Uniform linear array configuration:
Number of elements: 16
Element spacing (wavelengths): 0.25
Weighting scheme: hann
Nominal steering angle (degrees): -60
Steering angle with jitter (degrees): -61.512
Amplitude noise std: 0.05
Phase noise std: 0.05

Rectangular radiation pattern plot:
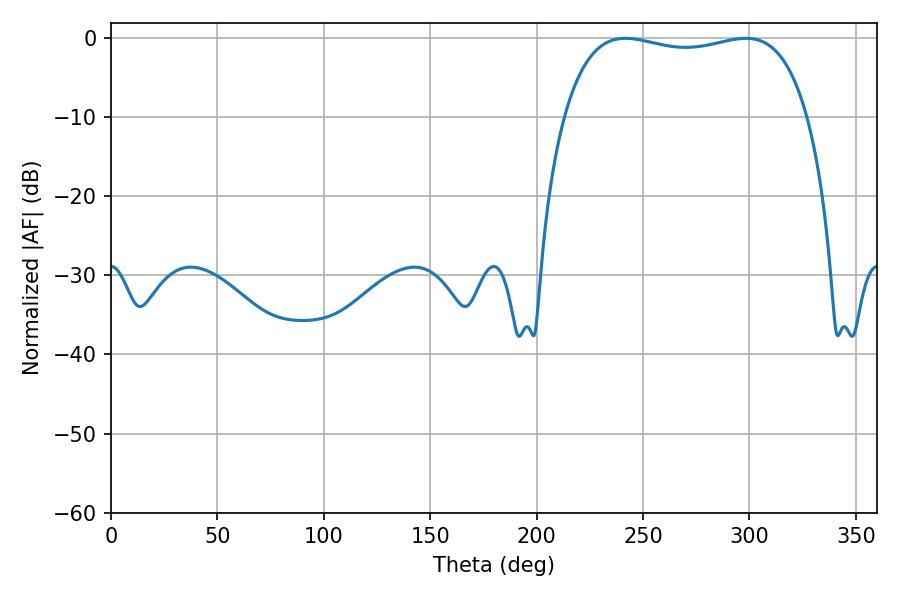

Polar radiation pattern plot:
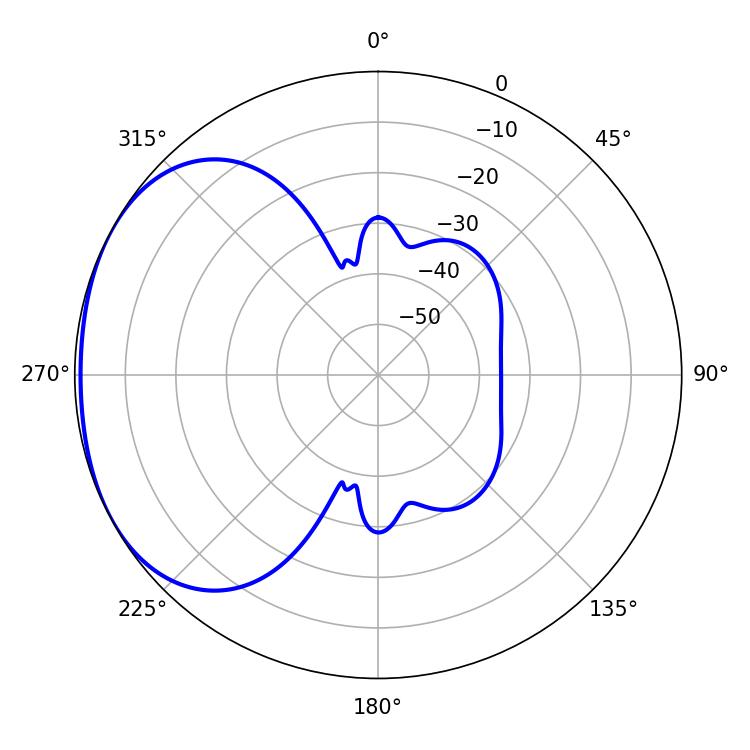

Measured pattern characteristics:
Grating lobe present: FALSE
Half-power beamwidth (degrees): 92.88
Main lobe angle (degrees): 241.74